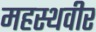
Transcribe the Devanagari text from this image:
महस्थवीर